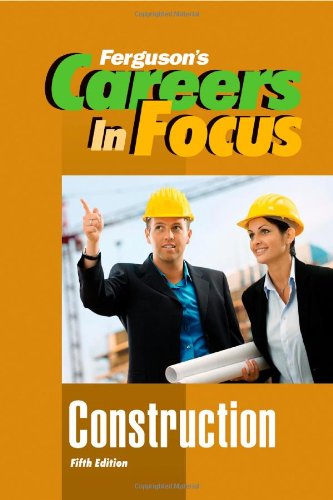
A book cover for Construction, Fifth Edition (Ferguson's Careers in Focus); Ferguson; Teen & Young Adult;